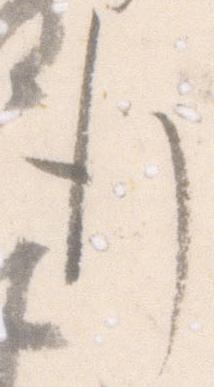
行